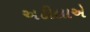
અટીલાએ